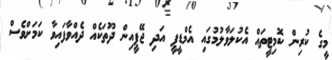
މީގެ ކުރިން ކޮމިޓީތައް އެކުލަވާލުމުގައި އެމްޑީޕީ އަދި ޖޭޕީއިން ދޫތަކެއް ދެއްވާފައިވާ ކަމަށްވެސް